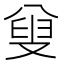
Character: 𠭦